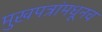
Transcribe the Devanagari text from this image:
मुखपत्रांमधूनच